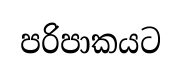
පරිපාකයට